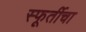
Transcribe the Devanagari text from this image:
स्फूर्तीचा